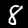
Label: 8